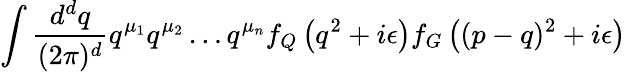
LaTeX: \int\frac{d^{d}q}{(2\pi)^{d}}q^{\mu_{1}}q^{\mu_{2}}\ldots q^{\mu_{n}}f_{Q}\left(q^{2}+i\epsilon\right)f_{G}\left((p-q)^{2}+i\epsilon\right)